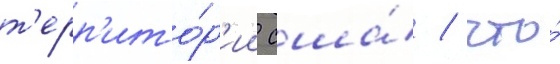
т'ерр'ито́р'ии сша́ / что́